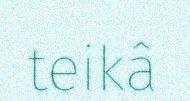
teikâ